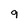
Character: 9